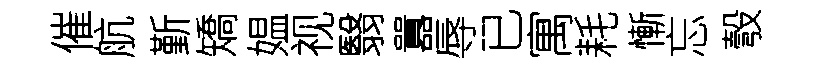
催航斳矯媪视翳囂辱已寓耗慚忘彀